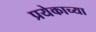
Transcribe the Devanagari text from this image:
प्रयेकाच्या